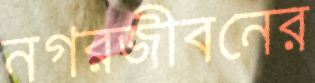
নগরজীবনের